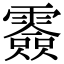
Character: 𩅼